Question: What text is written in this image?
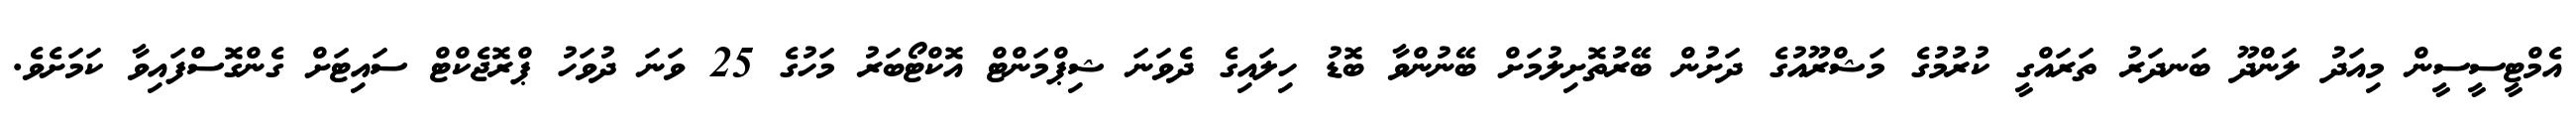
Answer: އެމްޓީސީސީން މިއަދު ލަންދޫ ބަނދަރު ތަރައްގީ ކުރުމުގެ މަޝްރޫއުގެ ދަށުން ބޭރުތޮށިލުމަށް ބޭނުންވާ ބޮޑު ހިލައިގެ ދެވަނަ ޝިޕްމަންޓް އޮކްޓޯބަރު މަހުގެ 25 ވަނަ ދުވަހު ޕްރޮޖެކްޓް ސައިޓަށް ގެންގޮސްފައިވާ ކަމަށެވެ.